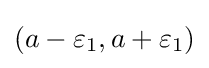
(a-\varepsilon _{1},a+\varepsilon _{1})